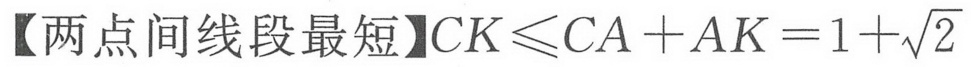
【两点间线段最短】$CK\leqslant CA + AK = 1 + \sqrt{2}$